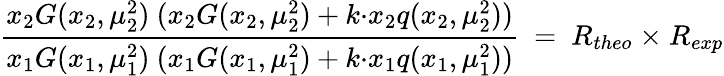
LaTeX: \frac{x_{2}G(x_{2},\mu_{2}^{2})\ (x_{2}G(x_{2},\mu_{2}^{2})+k{\cdot}x_{2}q(x_{2},\mu_{2}^{2}))}{x_{1}G(x_{1},\mu_{1}^{2})\ (x_{1}G(x_{1},\mu_{1}^{2})+k{\cdot}x_{1}q(x_{1},\mu_{1}^{2}))}\ =\ R_{theo}\ {\times}\ R_{exp}